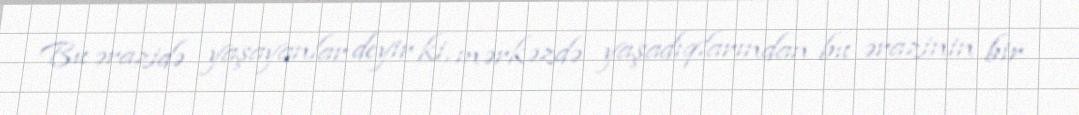
Bu ərazidə yaşayanlar deyir ki, mərkəzdə yaşadıqlarından bu ərazinin bir